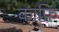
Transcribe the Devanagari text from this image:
काफ़ि